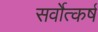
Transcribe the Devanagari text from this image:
सर्वोत्कर्ष